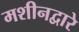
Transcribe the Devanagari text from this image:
मशीनद्वारे